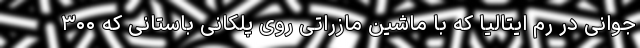
جوانی در رم ایتالیا که با ماشین مازراتی روی پلکانی باستانی که ۳۰۰